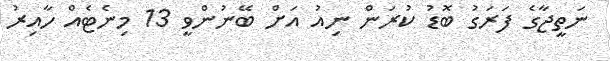
ނަތީޖާގެ ފަރަގު ބޮޑު ކުރަން ނިއު އަށް ބޭނުންވީ 13 މިނެޓެއް ހާއިރު